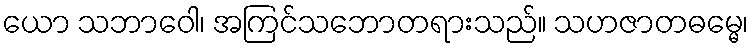
ယော သဘာဝေါ၊ အကြင်သဘောတရားသည်။ သဟဇာတဓမ္မေ၊